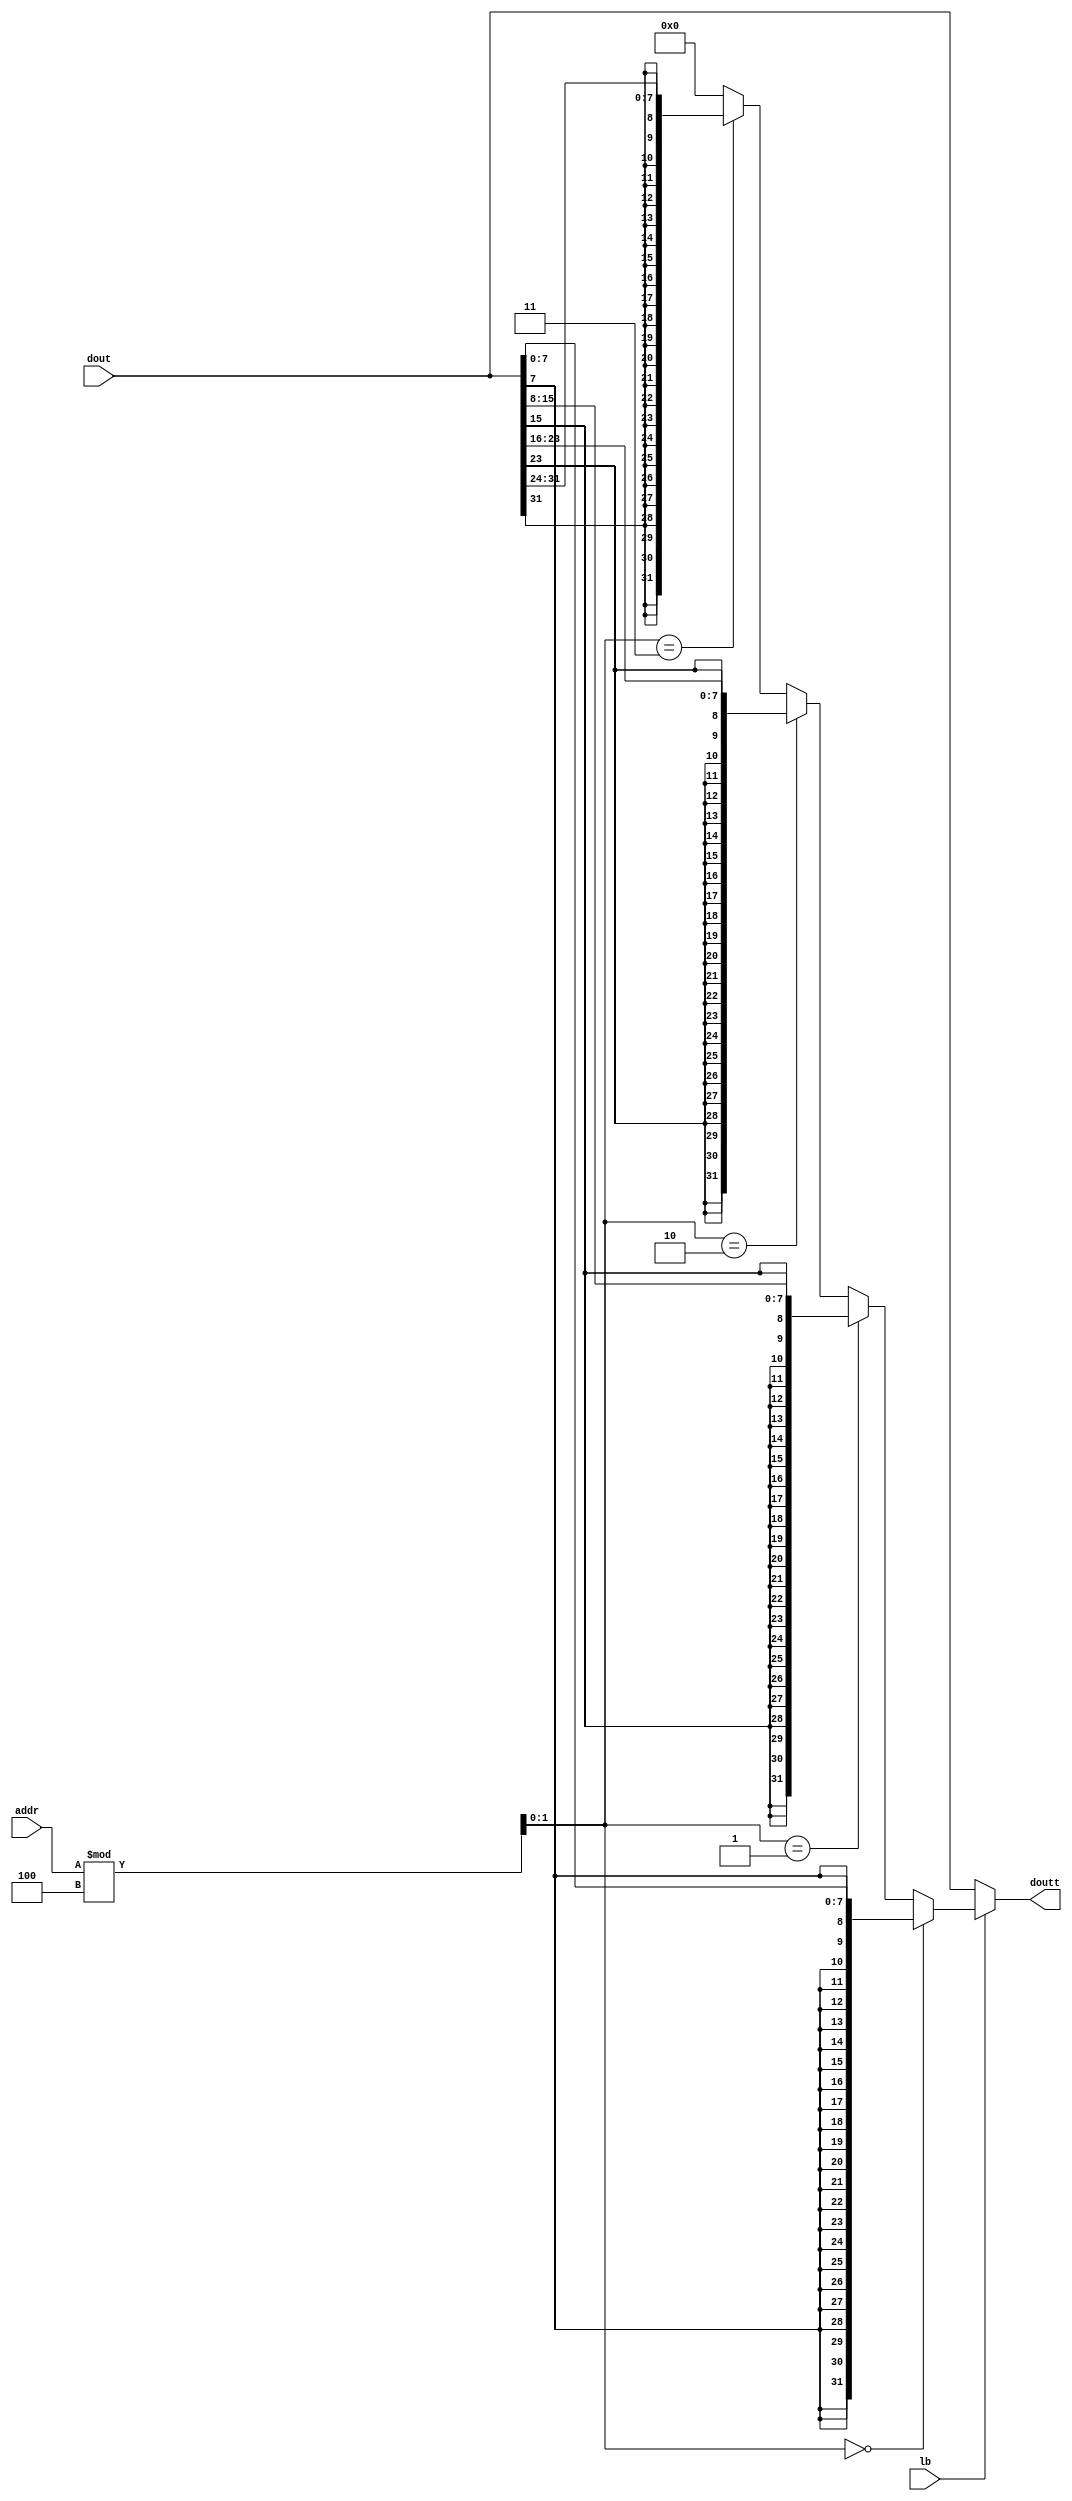
module doutchange(addr,dout,doutt,lb);
  input [9:0]addr;
  input [31:0]dout;
  output [31:0]doutt;
  input lb;
  
  wire [1:0]t1;
  wire [31:0]temp1;
  //wire [9:0]a,b;
  
  //assign a=addr/(3'b100);
  //assign b=a*(3'b100);
  //assign t1=addr-b;
  //assign t1=addr%(3'b100);
  assign t1=addr%(3'b100);
  
  assign temp1=(t1==2'b00)?{{24{dout[7]}},dout[7:0]}:
               (t1==2'b01)?{{24{dout[15]}},dout[15:8]}:
               (t1==2'b10)?{{24{dout[23]}},dout[23:16]}:
               (t1==2'b11)?{{24{dout[31]}},dout[31:24]}:32'h00000000;
  assign doutt=(lb)?temp1:dout;
  
endmodule